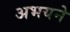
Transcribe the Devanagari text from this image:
अभयने